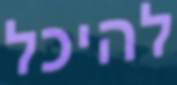
להיכל